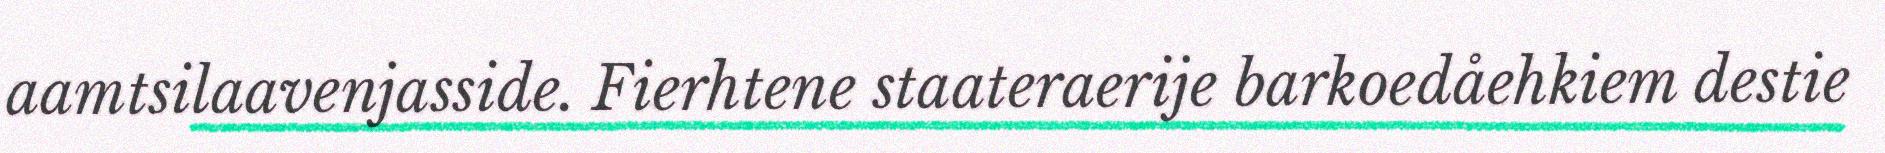
aamtsilaavenjasside. Fierhtene staateraerije barkoedåehkiem destie